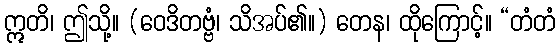
ဣတိ၊ ဤသို့။ (ဝေဒိတဗ္ဗံ၊ သိအပ်၏။) တေန၊ ထိုကြောင့်။ “တံတံ